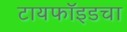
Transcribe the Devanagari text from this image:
टायफॉइडचा